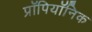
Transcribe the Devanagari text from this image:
प्रॉपियॉनिक